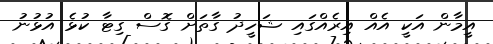
އީމާން އަކީ އެއް އިރެއްގައި ޝަހީދު ގާތަށް ގޮސް ގިޓާ ކުޅެ އުޅުނު